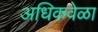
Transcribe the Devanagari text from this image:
अधिकवेळा